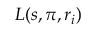
L ( s , \pi , r _ { i } )